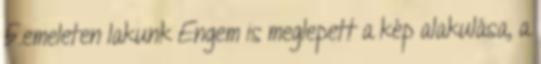
5.emeleten lakunk Engem is meglepett a kép alakulása, a